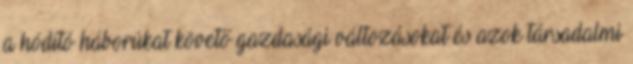
a hódító háborúkat követő gazdasági változásokat és azok társadalmi